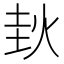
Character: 𰞊